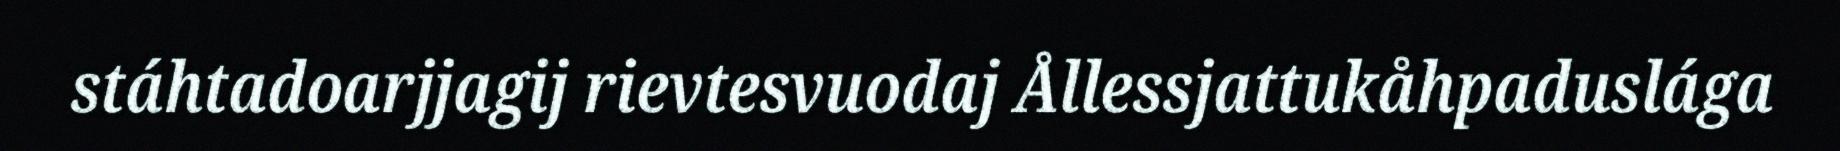
stáhtadoarjjagij rievtesvuodaj Ållessjattukåhpaduslága